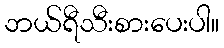
ဘယ်ရီသီးစားပေးပါ။